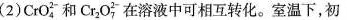
(2)CrO_{4}^{2-}和Cr_{2}O_{7}^{2-}在溶液中可相互转化。室温下，初